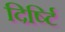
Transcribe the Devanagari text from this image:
दिर्ष्टि